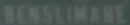
SENSITIVITY